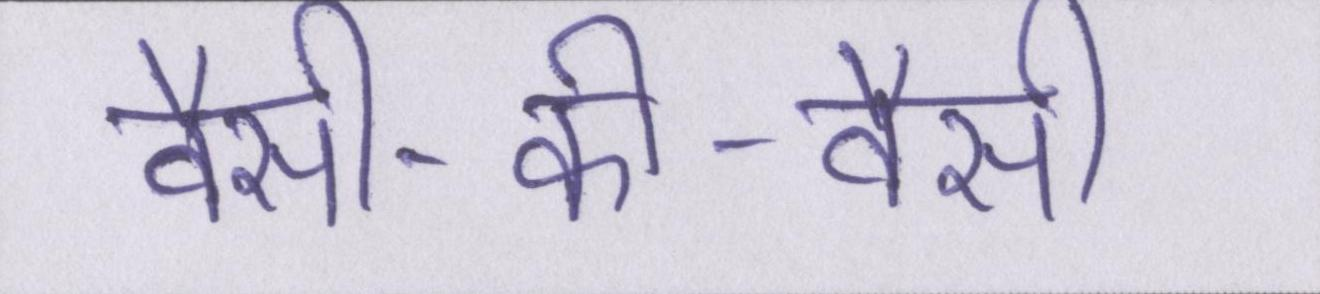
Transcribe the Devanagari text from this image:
वैसी-की-वैसी